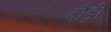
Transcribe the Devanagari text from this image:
दौड़ीं